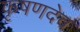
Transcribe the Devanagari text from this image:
कृषणदेव